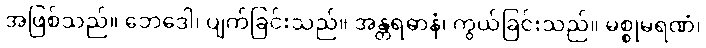
အဖြစ်သည်။ ဘေဒေါ၊ ပျက်ခြင်းသည်။ အန္တရဓာနံ၊ ကွယ်ခြင်းသည်။ မစ္စုမရဏံ၊